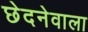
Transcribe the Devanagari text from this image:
छेदनेवाला